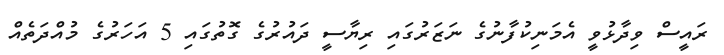
ރައީސް ވިދާޅުވީ އެމަނިކުފާނުގެ ނަޒަރުގައި ރިޔާސީ ދައުރުގެ ގޮތުގައި 5 އަހަރުގެ މުއްދަތެއް